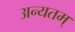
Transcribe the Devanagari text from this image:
अन्यतम्